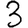
Digit: 3